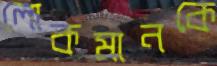
লোকমানকে